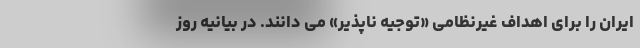
ایران را برای اهداف غیرنظامی «توجیه ناپذیر» می دانند. در بیانیه روز